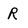
Character: R